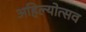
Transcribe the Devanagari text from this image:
अहिल्योत्सव